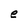
Character: e